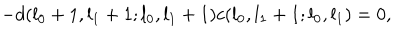
LaTeX: - d ( l _ { 0 } + 1 , l _ { 1 } + 1 ; l _ { 0 } , l _ { 1 } + 1 ) c ( l _ { 0 } , l _ { 1 } + 1 ; l _ { 0 } , l _ { 1 } ) = 0 ,